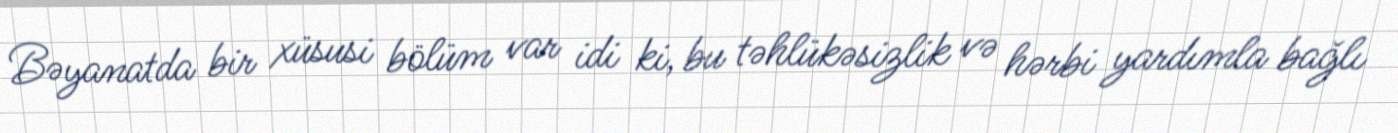
Bəyanatda bir xüsusi bölüm var idi ki, bu təhlükəsizlik və hərbi yardımla bağlı